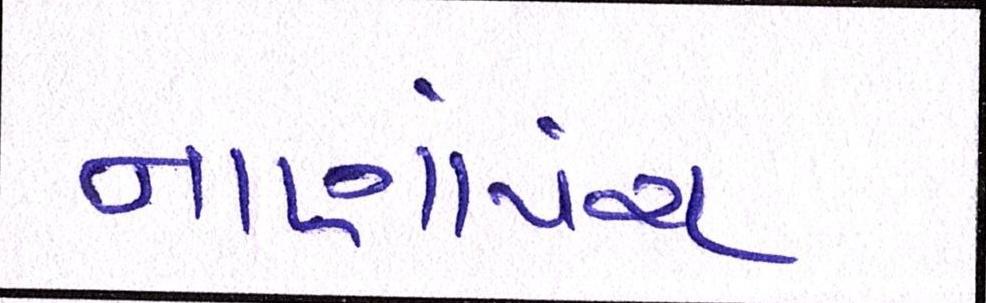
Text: નાણાંપંચ